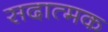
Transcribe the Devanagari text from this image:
सदात्मक